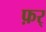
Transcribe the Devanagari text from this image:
फ़र्